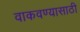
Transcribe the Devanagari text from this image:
वाकवण्यासाठी